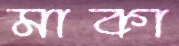
মাকা